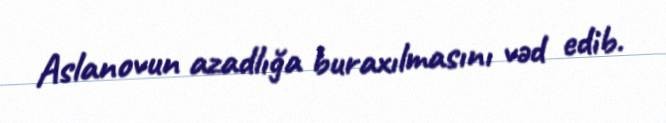
Aslanovun azadlığa buraxılmasını vəd edib.